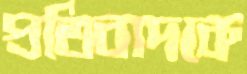
প্রতিবাদকে